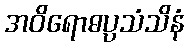
အဝိရောဓပ္ပသံသိနံ